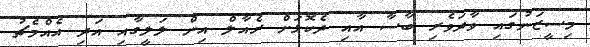
މިސީޒަނުގައި ވާދަވެރި ބާސާ އާއި ދެކޮޅަށް ރެއާލް އިން ލަލީގާއި އަދި އެއްމެޗު